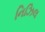
નિઝિલ